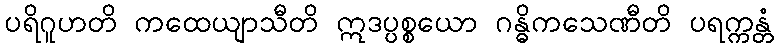
ပရိဂူဟတိ ကထေယျာသီတိ ဣဒပ္ပစ္စယော ဂန္ဓိကသေဏီတိ ပရက္ကန္တံ